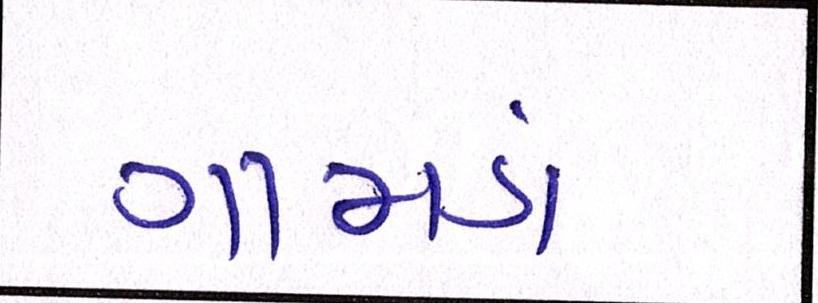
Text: ગામડાં